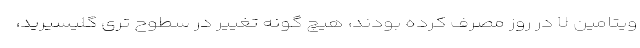
ویتامین U در روز مصرف کرده بودند، هیچ گونه تغییر در سطوح تری گلیسیرید،